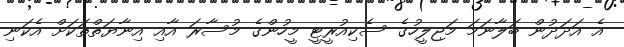
އެ އަދަދުން ބަލާނަމަ މަޖިލީހުގެ ސެކިއުރީޓީ މީހުންގެ މުސާރަ އާއި އިނާޔަތްތަކަށް އެކަނި